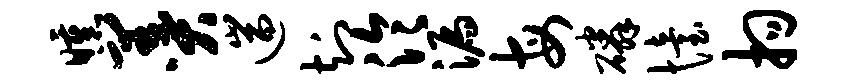
曛羹遄知泠漏每磷怡拘